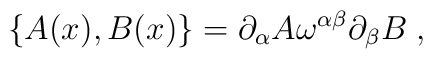
\{ A(x),B(x) \} = \partial_\alpha A\omega^{\alpha\beta} \partial_\beta B \;,